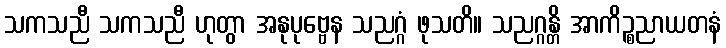
သကသညီ သကသညီ ဟုတွာ အနုပုဗ္ဗေန သညဂ္ဂံ ဖုသတိ။ သညဂ္ဂန္တိ အာကိဉ္စညာယတနံ